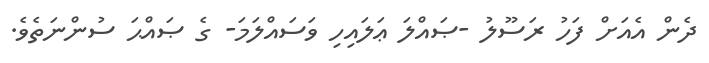
ދެން އެއަށް ފަހު ރަސޫލު -ޞައްލަ ޢަލައިހި ވަސައްލަމަ- ގެ ޞައްޙަ ސުންނަތެވެ.